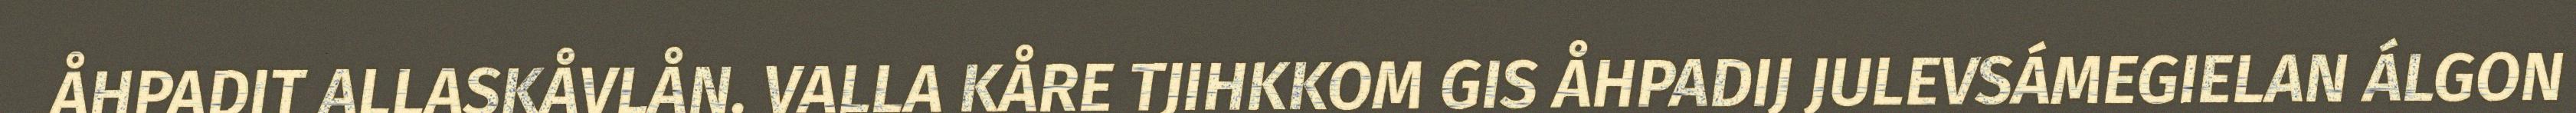
ÅHPADIT ALLASKÅVLÅN. VALLA KÅRE TJIHKKOM GIS ÅHPADIJ JULEVSÁMEGIELAN ÁLGON